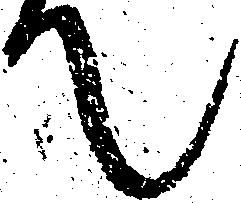
て